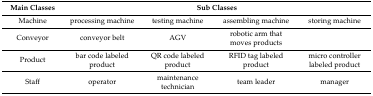
| Main Classes | <COLSPAN=4> Sub Classes |
 | --- | --- | --- | --- | --- |
 | Machine | processing machine | testing machine | assembling machine | storing machine |
 | Conveyor | conveyor belt | AGV | robotic arm that moves products |  |
 | Product | bar code labeled product | QR code labeled product | RFID tag labeled product | micro controller labeled product |
 | Staff | operator | maintenance technician | team leader | manager |